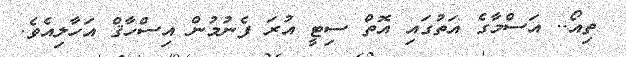
ތިއޯ.. އަސްމާގެ އަތުގައި އޮތް ސިޓީ އުރަ ފެނުމުން އިސްހާޤް އަހާލިއެވެ.